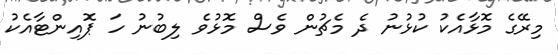
މިރޭގެ މޮޅާއެކު ކުޅުނު ދެ މެޗުން ވެސް މޮޅުވެ ލިބުނު ހަ ޕޮއިންޓާއެކު